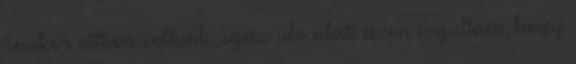
Amikor otthon voltunk, egész idő alatt azon izgultam, hogy